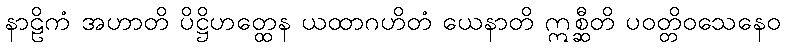
နာဠိကံ အဟာတိ ပိဋ္ဌိဟတ္ထေန ယထာဂဟိတံ ယေနာတိ ဣစ္ဆီတိ ပဝတ္တိဝသေနေဝ